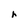
Character: h